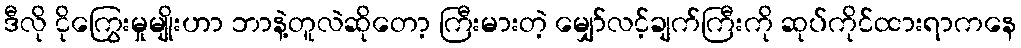
ဒီလို ငိုကြွေးမှုမျိုးဟာ ဘာနဲ့တူလဲဆိုတော့ ကြီးမားတဲ့ မျှော်လင့်ချက်ကြီးကို ဆုပ်ကိုင်ထားရာကနေ